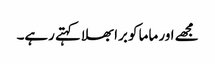
مجھے اور ماما کو برا بھلا کہتے رہے۔